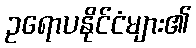
ဥရောပနိုင်ငံများ၏